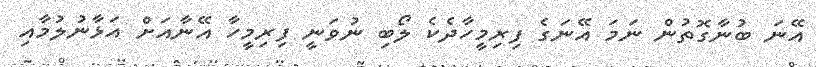
އޭނަ ބުނާގޮތުން ނަމަ އޭނަގެ ފިރިމީހާދެކެ ލޯބި ނުވަނީ ފިރިމީހާ އޭނާއަށް އަޅާނުލުމާއި